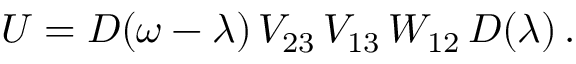
U = D ( \omega - \lambda ) \, V _ { 2 3 } \, V _ { 1 3 } \, W _ { 1 2 } \, D ( \lambda ) \, .